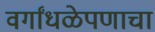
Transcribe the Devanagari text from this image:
वर्गांधळेपणाचा